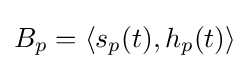
B_{p}=\left\langle s_{p}(t),h_{p}(t)\right\rangle